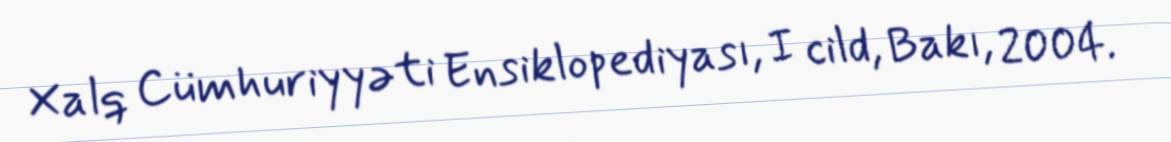
Xalq Cümhuriyyəti Ensiklopediyası, I cild, Bakı, 2004.